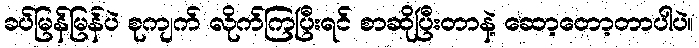
ခပ်မြန်မြန်ပဲ စုကျက် လိုက်ကြပြီးရင် စာဆိုပြီးတာနဲ့ ဆော့တော့တာပါပဲ။